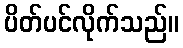
ပိတ်ပင်လိုက်သည်။